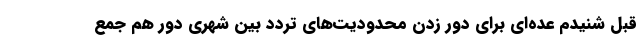
قبل شنیدم عده‌ای برای دور زدن محدودیت‌های تردد بین شهری دور هم جمع